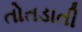
તોતડાતી